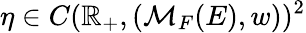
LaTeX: \eta\in C(\mathbb{R}_{+},(\mathcal{M}_{F}(E),w))^{2}